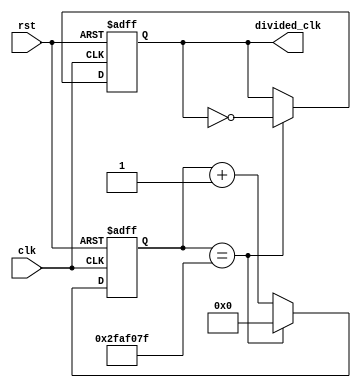
module fractional_clock_divider (
    input wire clk,
    input wire rst,
    output reg divided_clk
);

reg [31:0] count;
parameter DIVIDER_VALUE = 50000000; // Set to desired fractional division ratio

always @(posedge clk or posedge rst) begin
    if (rst) begin
        count <= 0;
        divided_clk <= 0;
    end else begin
        if (count == DIVIDER_VALUE - 1) begin
            count <= 0;
            divided_clk <= ~divided_clk;
        end else begin
            count <= count + 1;
        end
    end
end

endmodule